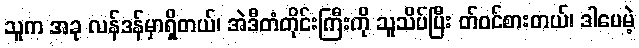
သူက အခု လန်ဒန်မှာရှိတယ်၊ အဲဒီတံတိုင်းကြီးကို သူသိပ်ပြီး တ်ဝင်စားတယ်၊ ဒါပေမဲ့